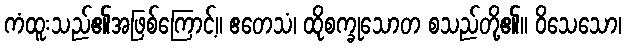
ကံထူးသည်၏အဖြစ်ကြောင့်။ ဧတေသံ၊ ထိုစက္ခုသောတ စသည်တို့၏။ ဝိသေသော၊